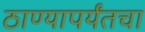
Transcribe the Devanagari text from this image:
ठाण्यापर्यंतचा